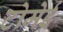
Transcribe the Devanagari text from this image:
टोमेई